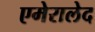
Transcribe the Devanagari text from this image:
एमेरालेद